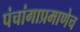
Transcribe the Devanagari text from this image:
पंचांगाप्रमाणेच